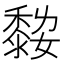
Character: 𪏾